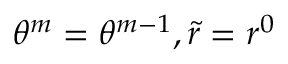
\theta ^ { m } = \theta ^ { m - 1 } , \Tilde { r } = r ^ { 0 }